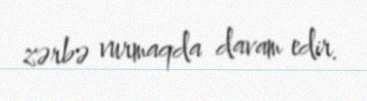
zərbə vurmaqda davam edir.